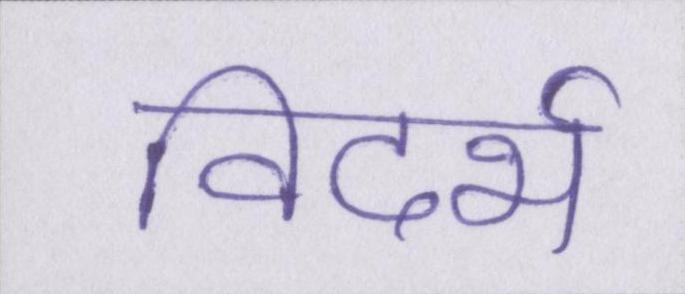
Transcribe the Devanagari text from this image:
विदर्भ